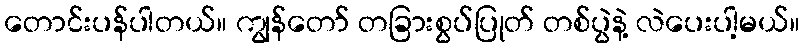
တောင်းပန်ပါတယ်။ ကျွန်တော် တခြားစွပ်ပြုတ် တစ်ပွဲနဲ့ လဲပေးပါ့မယ်။